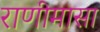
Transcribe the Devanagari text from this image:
राणीमासा